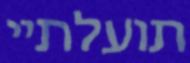
תועלתיי